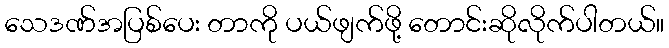
သေဒဏ်အပြစ်ပေး တာကို ပယ်ဖျက်ဖို့ တောင်းဆိုလိုက်ပါတယ်။